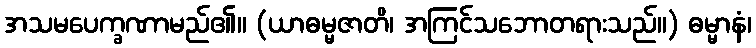
အသမပေက္ခဏာမည်၏။ (ယာဓမ္မဇာတိ၊ အကြင်သဘောတရားသည်။) ဓမ္မာနံ၊